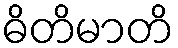
ဓိတိမာတိ